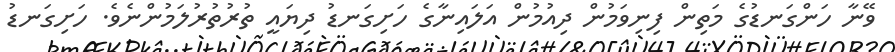
ވޭނާ ހަންގަނޑުގެ މަތިން ފިނިވަމުން ދިއުމުން އަލައިނާގެ ހަށިގަނޑު ދިޔައީ ތުރުތުރުލަމުންނެވެ. ހަށިގަނޑު